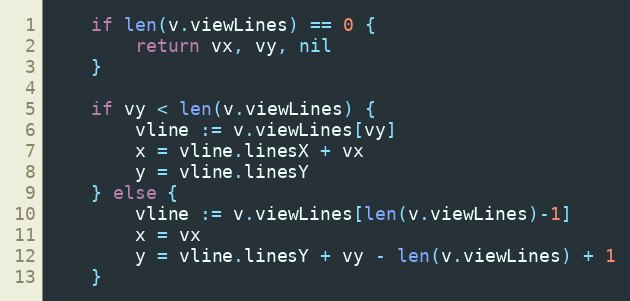
Language: Go
	if len(v.viewLines) == 0 {
		return vx, vy, nil
	}

	if vy < len(v.viewLines) {
		vline := v.viewLines[vy]
		x = vline.linesX + vx
		y = vline.linesY
	} else {
		vline := v.viewLines[len(v.viewLines)-1]
		x = vx
		y = vline.linesY + vy - len(v.viewLines) + 1
	}